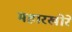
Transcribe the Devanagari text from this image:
महारखोरे